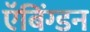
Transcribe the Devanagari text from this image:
ऍबिंग्डन